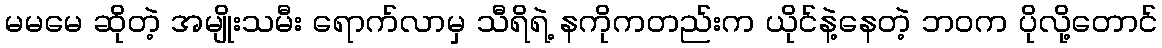
မမမေ ဆိုတဲ့ အမျိုးသမီး ရောက်လာမှ သီရိရဲ့ နကိုကတည်းက ယိုင်နဲ့နေတဲ့ ဘ၀က ပိုလို့တောင်